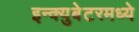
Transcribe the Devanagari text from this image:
इन्क्युबेटरमध्ये